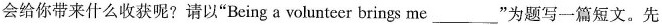
会给你带来什么收获呢?请以”Being a volunteer brings me _”为题写一篇短文。先